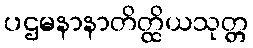
ပဌမနာနာတိတ္ထိယသုတ္တ